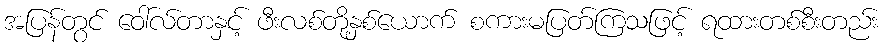
အပြန်တွင် ဝေါ်လ်တာနှင့် ဖီးလစ်တို့နှစ်ယောက် စကားမပြတ်ကြသဖြင့် ရထားတစ်စီးတည်း